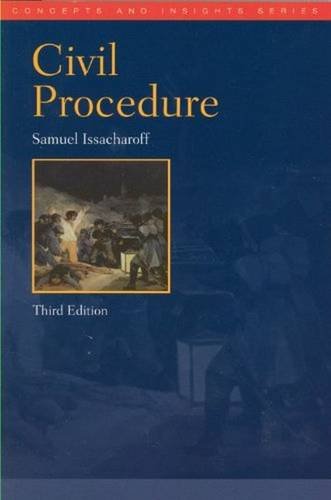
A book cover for Civil Procedure (Concepts and Insights); Samuel Issacharoff; Law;